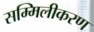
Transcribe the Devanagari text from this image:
सम्मिलीकरण